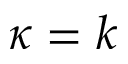
\kappa = k